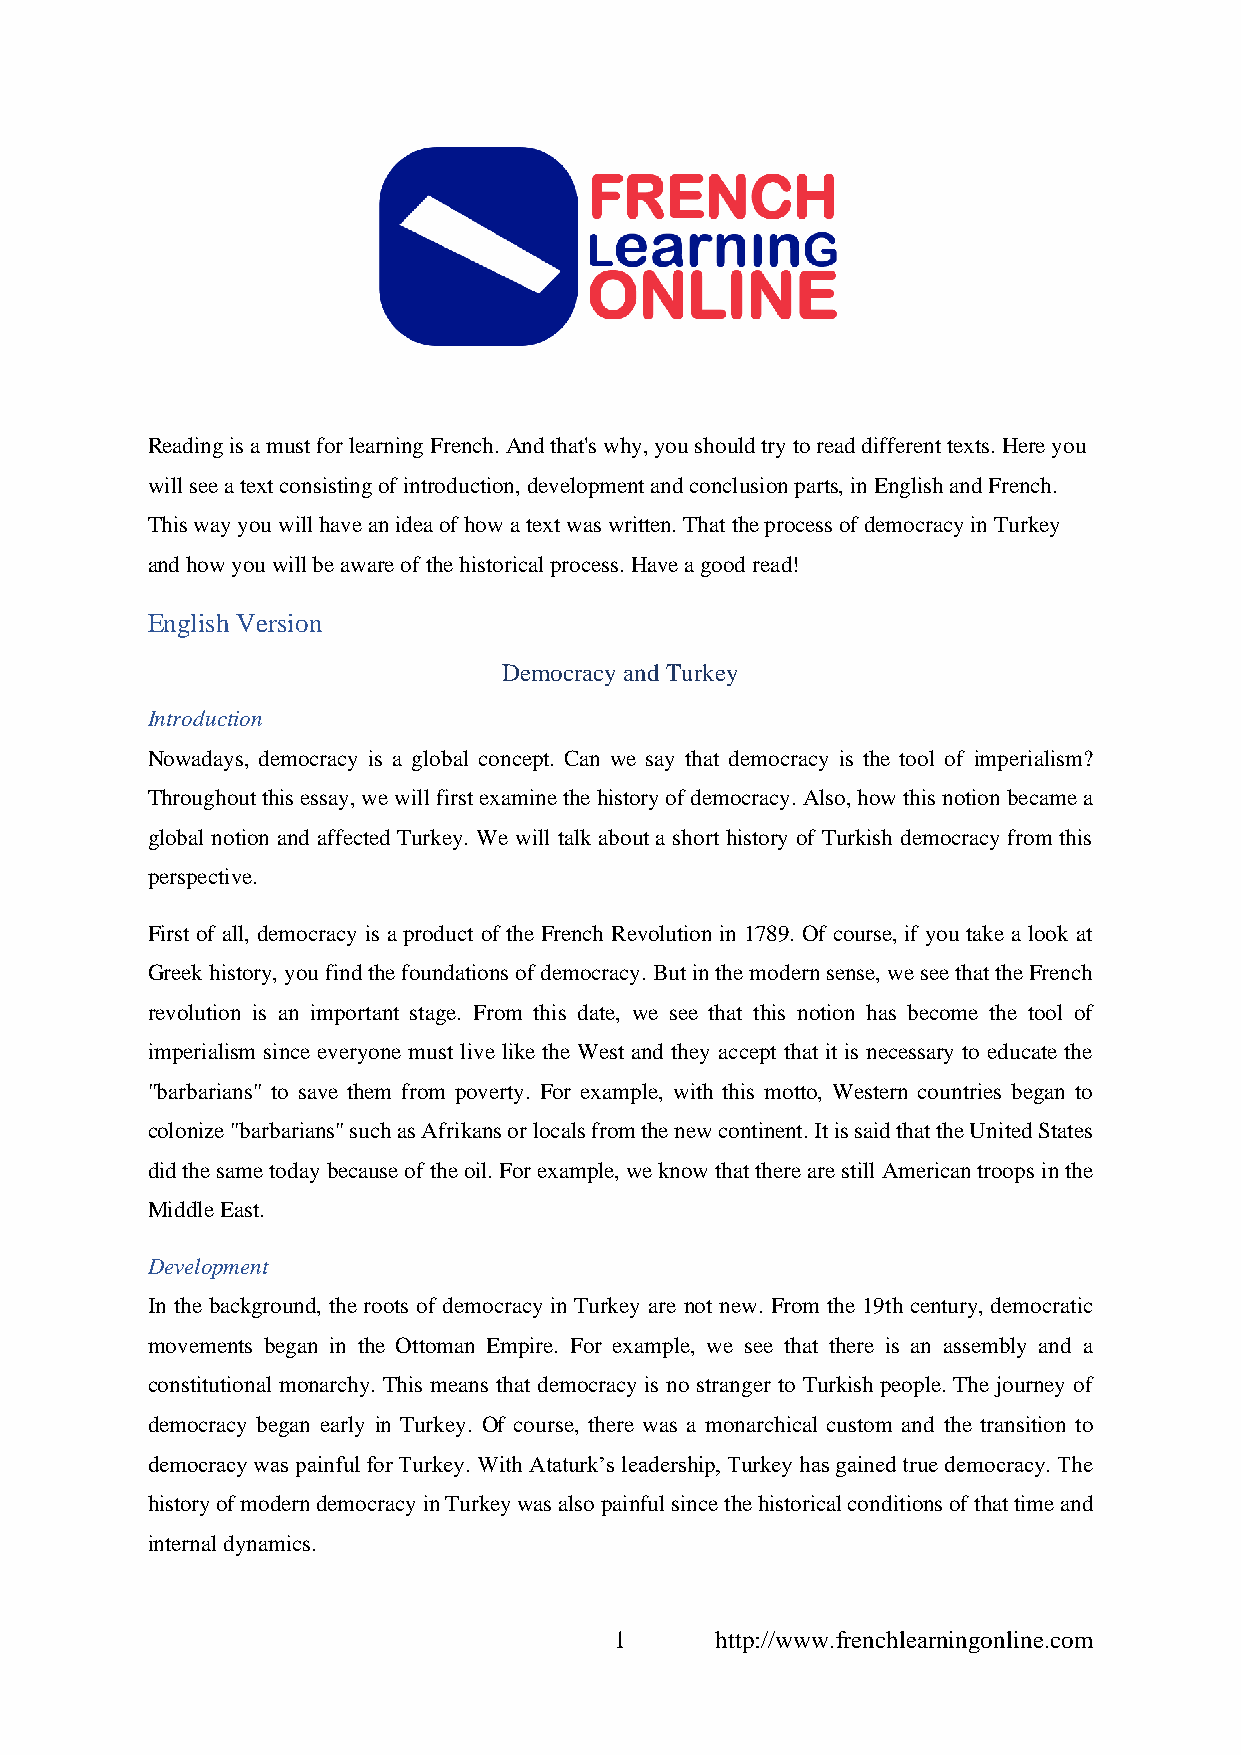
Reading is a must for learning French. And that's why, you should try to read different texts. Here you
 will see a text consisting of introduction, development and conclusion parts, in English and French.
 This way you will have an idea of how a text was written. That the process of democracy in Turkey
 and how you will be aware of the historical process. Have a good read!
 English Version
 Democracy and Turkey
 Introduction
 Nowadays, democracy is a global concept. Can we say that democracy is the tool of imperialism?
 Throughout this essay, we will first examine the history of democracy. Also, how this notion became a
 global notion and affected Turkey. We will talk about a short history of Turkish democracy from this
 perspective.
 First of all, democracy is a product of the French Revolution in 1789. Of course, if you take a look at
 Greek history, you find the foundations of democracy. But in the modern sense, we see that the French
 revolution is an important stage. From this date, we see that this notion has become the tool of
 imperialism since everyone must live like the West and they accept that it is necessary to educate the
 "barbarians" to save them from poverty. For example, with this motto, Western countries began to
 colonize "barbarians" such as Afrikans or locals from the new continent. It is said that the United States
 did the same today because of the oil. For example, we know that there are still American troops in the
 Middle East.
 Development
 In the background, the roots of democracy in Turkey are not new. From the 19th century, democratic
 movements began in the Ottoman Empire. For example, we see that there is an assembly and a
 constitutional monarchy. This means that democracy is no stranger to Turkish people. The journey of
 democracy began early in Turkey. Of course, there was a monarchical custom and the transition to
 democracy was painful for Turkey. With Ataturk’s leadership, Turkey has gained true democracy. The
 history of modern democracy in Turkey was also painful since the historical conditions of that time and
 internal dynamics.
 1     http://www.frenchlearningonline.com